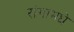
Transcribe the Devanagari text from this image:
रांगामधे